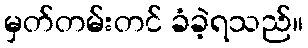
မှတ်တမ်းတင် ခံခဲ့ရသည်။